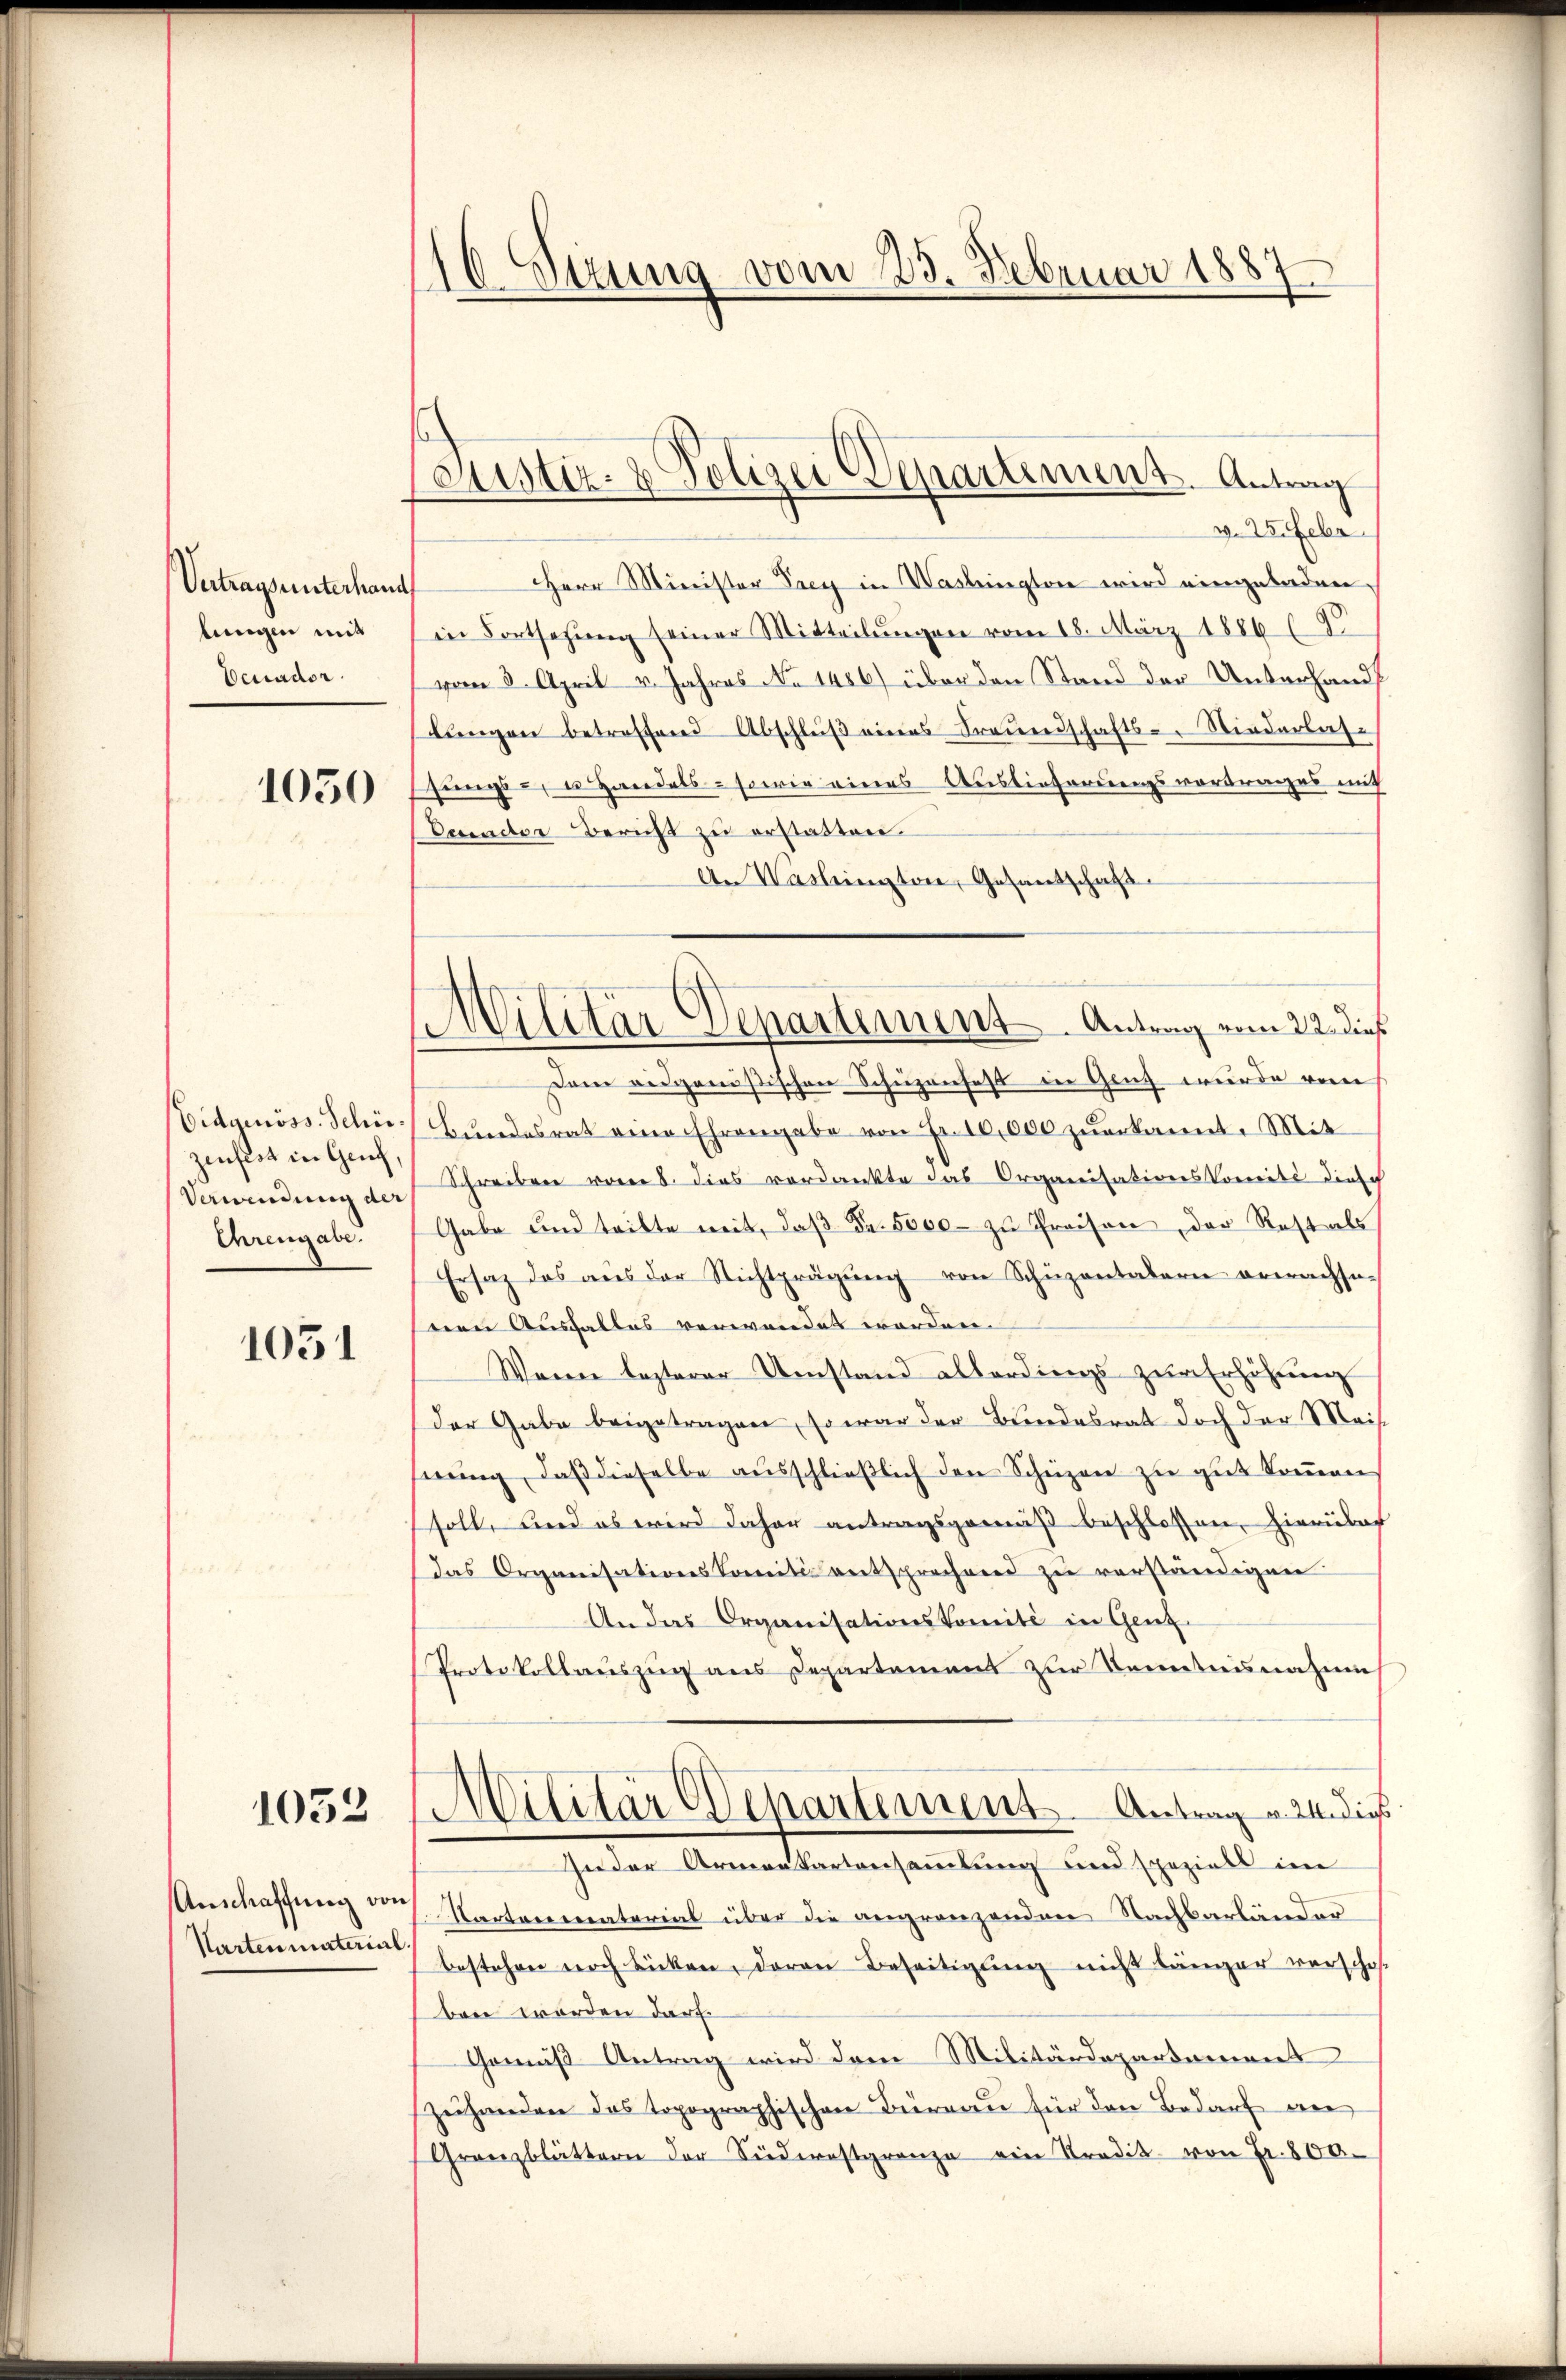
Vertragsunterhand
lungen mit
Venador.

1050

Eidgenöss. Schiezenfest in Grief,
Verwandung der
Ehrengabe.

1051

1053

Kartenmaterial.

10 Dezung vom 23. Februar 1887.

Suustiz- & Polizei Departement. Antrag

Militär Venartement Antrag vom 22. dieß

v. Wofeber
Herr Minister Frey in Washington wird eingeladen.
in Fortsetzŭng seiner Mitteilungen vom 18. März 1886 (9
vom 8. April v. Jahres No 1486) über den Stand der Unterhandlŭngen betroffend Abschlŭβ eines Fraŭenschafts-Niederlas-
sungs- u Handels- sowie eines Auslieferungsvortrages mit
Decender Bericht zu erstatten.
An Washington, Gesantschaft
Dem eidgenößischen Schüzenfest in Ganz wurde vom
Bundesrat eine Ehrengabe von Fr. 10,000 zuerkannt. Mit
Schreiben vom 8. dies verdankte das Organisationskomité disch
Gabe und teilte mit, daß Fr. 5000 zu Preisen, der Restals
Ersatz des aŭs der Nichtprägŭng von Schüzontalern erwachseseen Ausfalles verwendet worden.
Wann lezterer Umstand allerdings zur Erhöhung
Der Gabe beigetragen, so war der Bundesrat doch der Meisseŭng, daβ dieselbe ausschlieβlich den Schüzen zu gut kommen
soll, und es wird daher antragsgemäß beschlossen, hierüber
Das Organisationskomités entsprechend zu verständigen
An das Organisationskomité in Genz¬
Protokollauszug aus Departement zur Kenntnisnahme
Militär Departement. Antrag u. an dies
Jeder Armenkartensammlung und speziell im
Anschaffung vor. Kartonmaterial über die angränzenden Nachbarländer
bestehen noch bicken, daran Beseitigung nicht länger verschof
ben worden darf.
Gemäß Antrag wird dem Militärdepartament
zeihanden das topographischen Büreau für den Bedarf ver
Granzblättern der Südernstgrenze ein Stradit von Fr. 800.